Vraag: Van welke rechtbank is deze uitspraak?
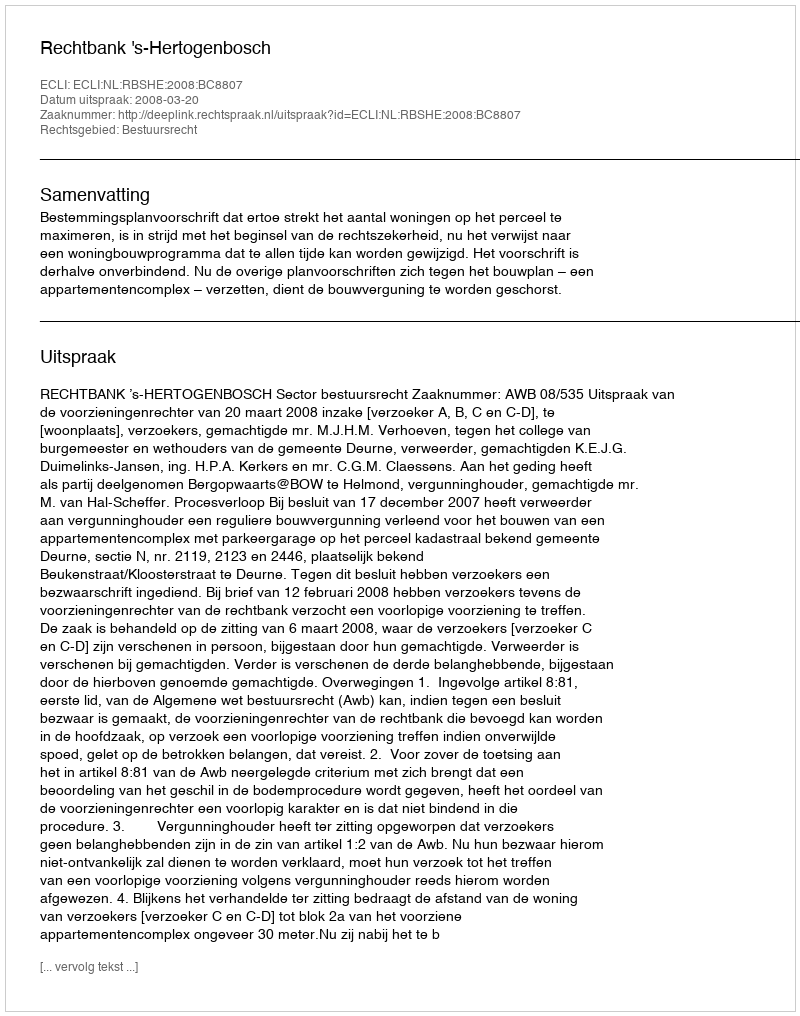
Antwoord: Rechtbank 's-Hertogenbosch